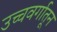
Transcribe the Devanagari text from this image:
उच्चवर्गातून